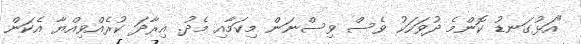
"އަޅުގަނޑު ކޮންމެ ދުވަހަކު ވެސް ވިސްނަން މިކަމާއި މެދު. އިރާދަ ކުރެއްވިއްޔާ އެކަން